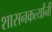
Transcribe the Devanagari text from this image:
शासनकर्त्यांनी